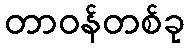
တာဝန်တစ်ခု